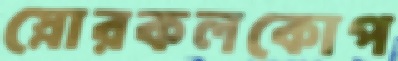
স্নোরকলকোপ